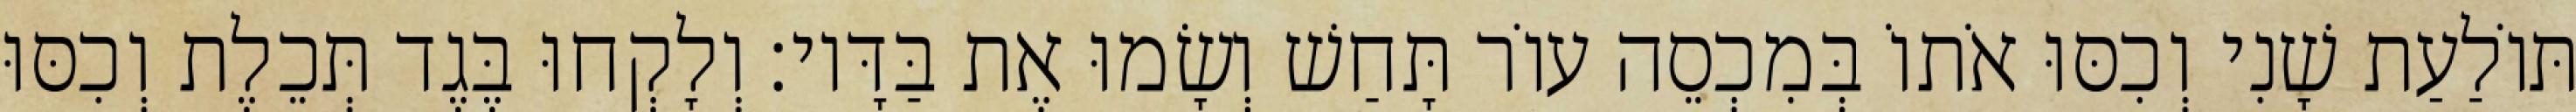
תּוֹלַעַת שָׁנִי וְכִסּוּ אֹתוֹ בְּמִכְסֵה עוֹר תָּחַשׁ וְשָׂמוּ אֶת בַּדָּיו׃ וְלָקְחוּ בֶּגֶד תְּכֵלֶת וְכִסּוּ